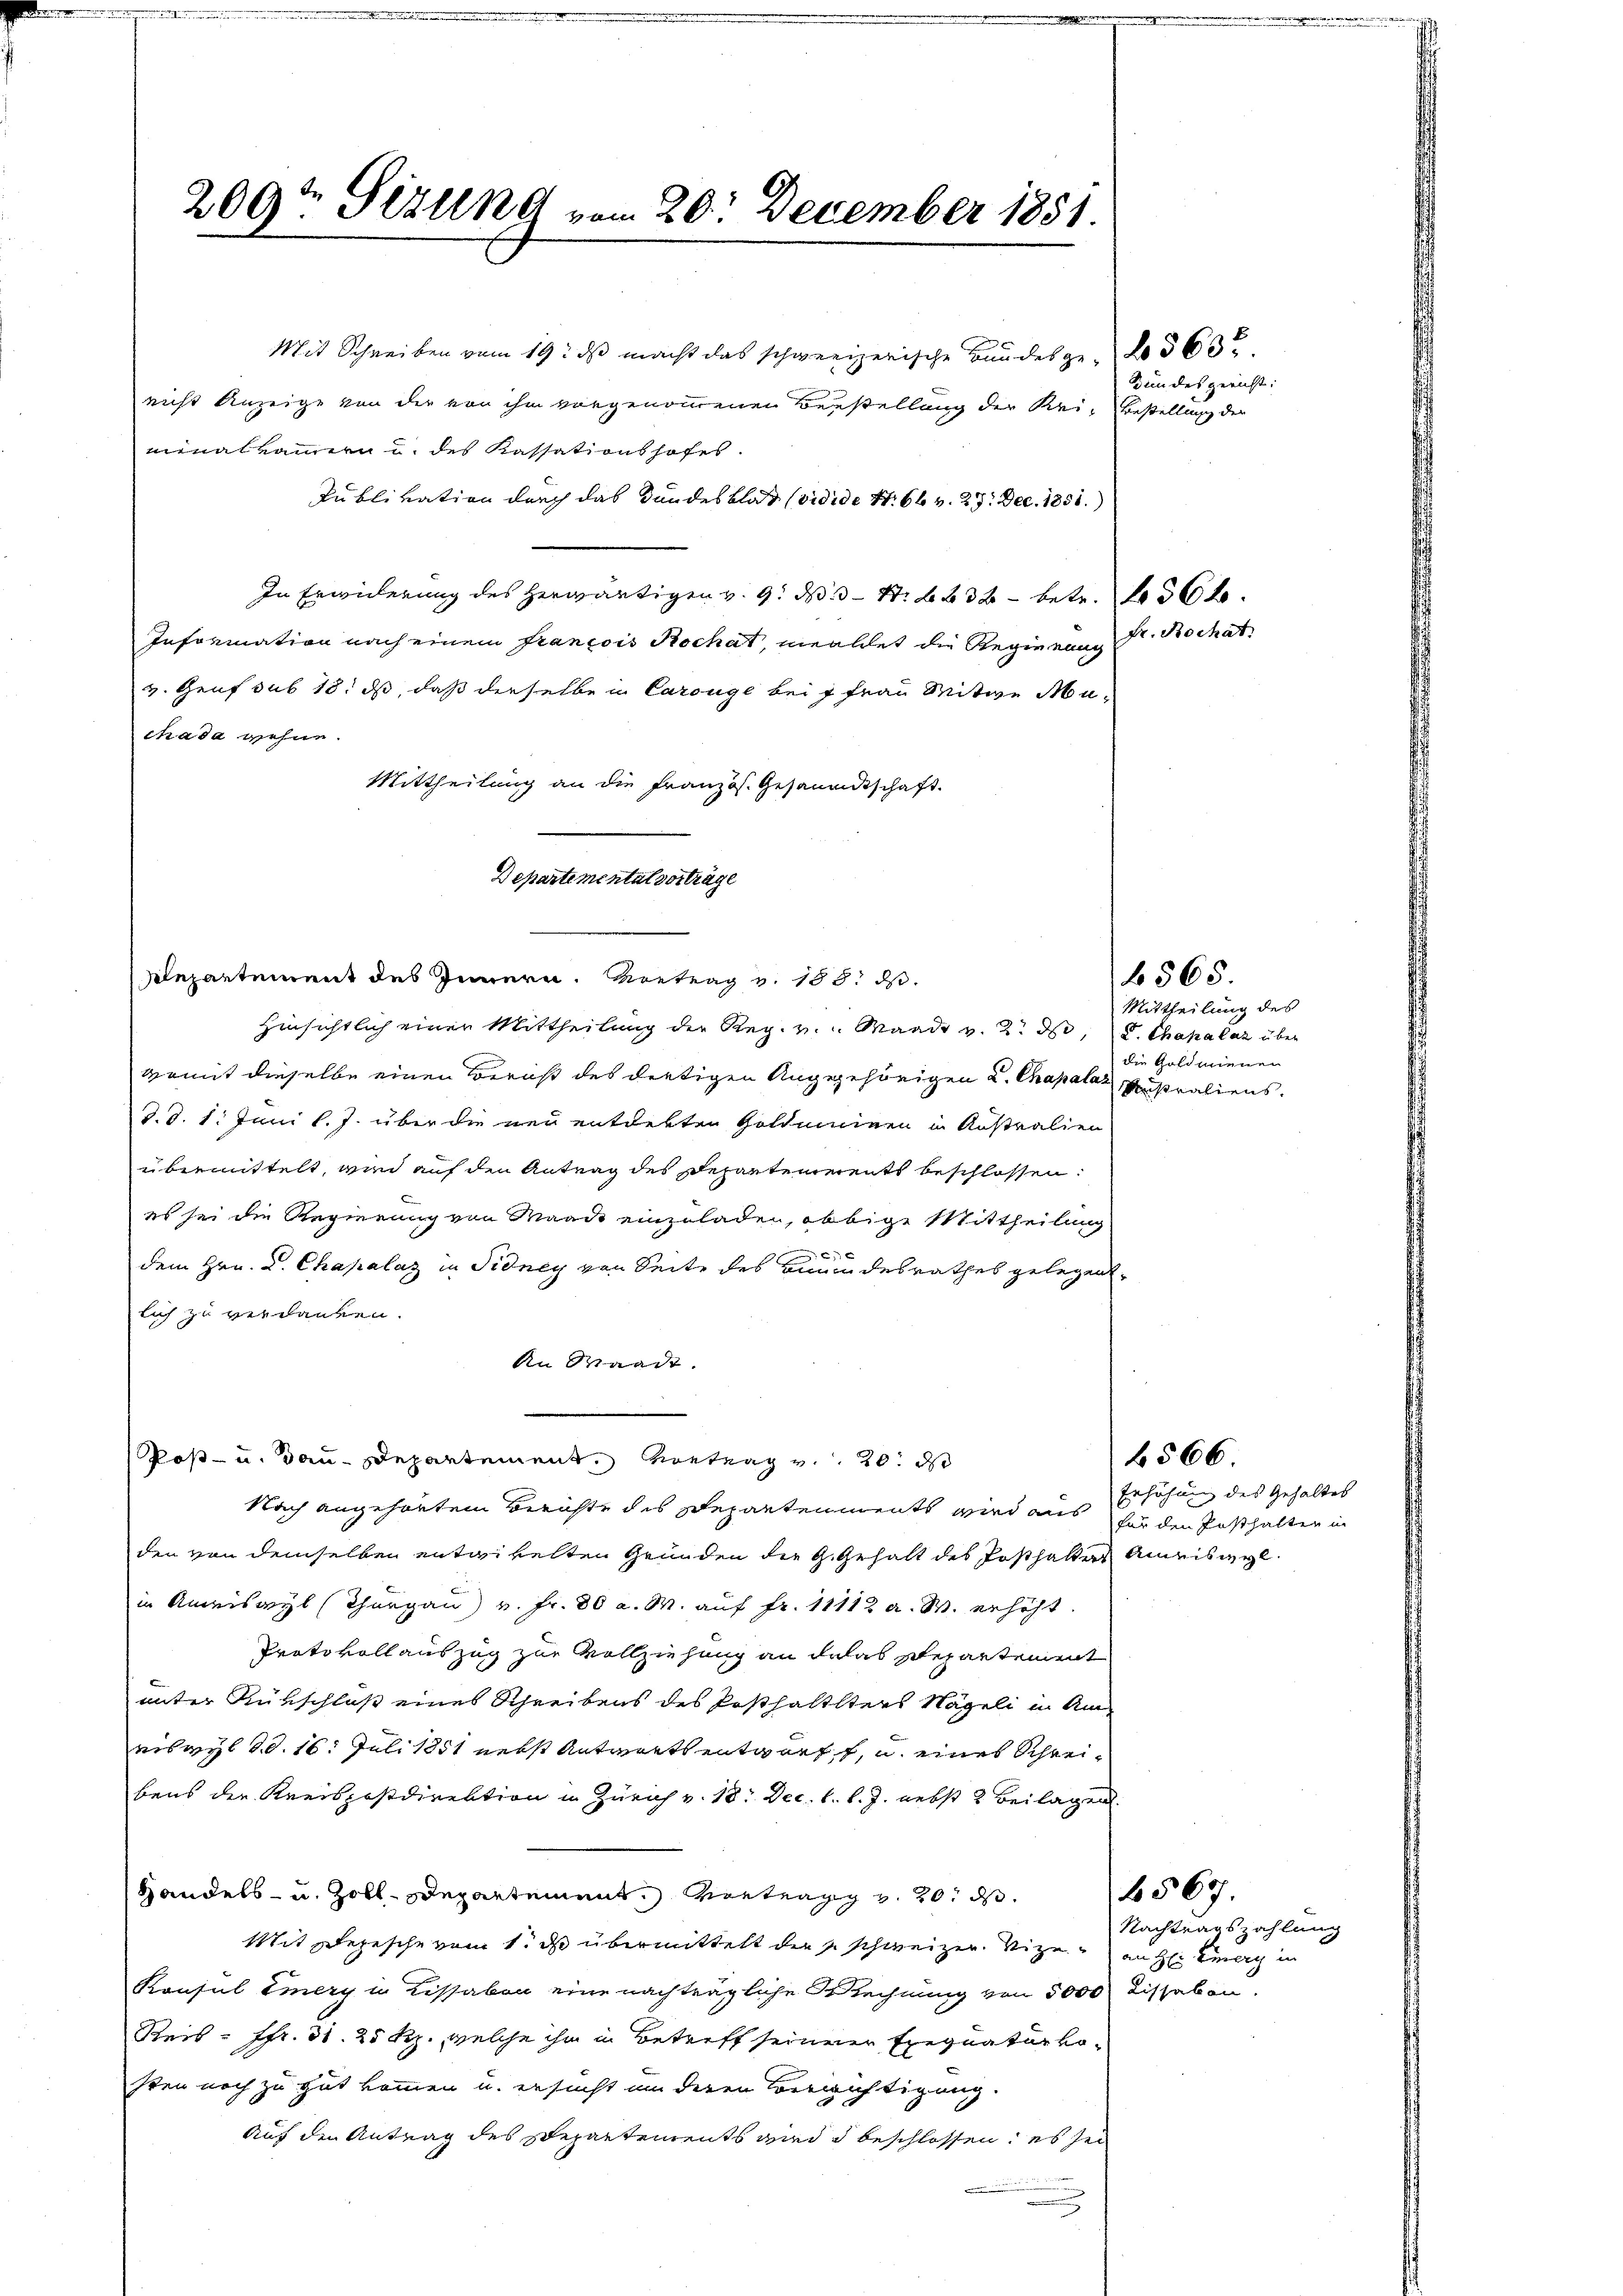
209ten Sizung vom 20. December 1851

Mit Schreiben vom 19. ds macht das schweizerische Baudes ge- No 560.
nicht Anzeige von die von ihm vorgenommenen Bestellung der Rei- Bestellung der
minalkammern u. des Kassationshofes
Publivation durch das Bundesblat (vidide S. 66 v. 29. Dec. 1851.
In Erwiderung des herwärtigen v. 9. d. 13 S. 232 - betr. 156 f.
Information nach einem françois Rochat, meldet die Regierung
v. Genf sub 18. ds, daß derselbe in Carouge bei 7 Frau Mitwe Machada wehne.
Mittheilung an die Französ. Gesandtschaft
Departemental vorträge
Departement des Innern. Vortrag v. 133. ds.
Hinsichtlich einer Mittheilung der Reg. v. Waadt v. 2. d. d. Chakalaz über
womit dieselbe einen Bericht des dortigen Angegehörigen L. Chapala Pußraliens.
3. d. 1. Juni l. J. über die neu entdekten Goldmminen in Anstralien
übermittelt, wird auf den Antrag des Departements beschlossen:
es sei die Regierung von Waadt einzuladen, obbige Mittheilung
2
dem Hrn. L. Chapalaz in Fidney von Seite des Bundesrathes gelegenlich zu verdanken.
An Waadt.
Post- u. Bau-Departement. Betrag v. 20. ds
Nach angehörtem Berichte des Departements wird aus für den Posthalten in
den von demselben entwickelten Gründen die G. Gehalt des Posthalter Amriswyl
in Amriswyl (Thurgau v. Fr. 80 a. M. auf fr. 11112 a. W. erhöht.
Protokollauszug zur Vollziehung an das Departement
unter Rükschluß eines Schreibens des Posthaltlters Nägeli in Am
riswyl d. d. 16. Juli 1851 nebst Antrirets entwurfs, u. eines Schreibens der Kreispostdirektion in Zürich v. 18. Dec. l. l. J. nebst 2 Beilagen.
Handels- u. Zoll-Departement. Vortrag v. 20. d.
Mit Depesche vom 1. d übermittelt die so schweizen Sitzung auche Eier in
Konsul Emery u Lissabon eine nachträgliche Brechnung von 5000 Kissabon.
Reis = Ffr. 31. 25 Rp., welche ihm in Betreff seinerer Exequaturkosten noch zu gut kommen u. ersucht um deren Verwichtigung.
Auf den Antrag des Departements wird beschlossen; es sei

Fr. Rochat

Bundesgericht:

565.
Mittheilung des
die Goldmienen

4566
Erhöhung des Gehaltes

Nachtragszahlung

6567.